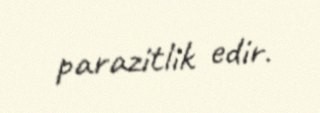
parazitlik edir.